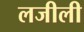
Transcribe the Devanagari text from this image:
लजीली